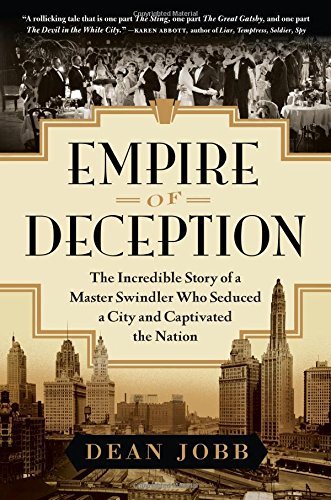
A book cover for Empire of Deception: The Incredible Story of a Master Swindler Who Seduced a City and Captivated the Nation; Dean Jobb; Biographies & Memoirs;